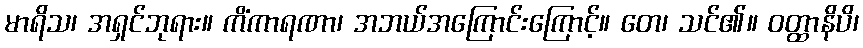
မာရိသ၊ အရှင်ဘုရား။ ကိံကာရဏာ၊ အဘယ်အကြောင်းကြောင့်။ တေ၊ သင်၏။ ဝတ္ထာနိပိ၊